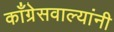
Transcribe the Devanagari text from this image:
काँग्रेसवाल्यांनी